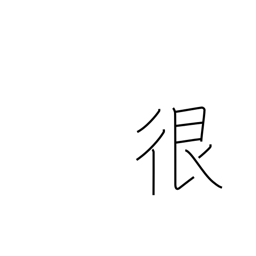
Meaning: dispute